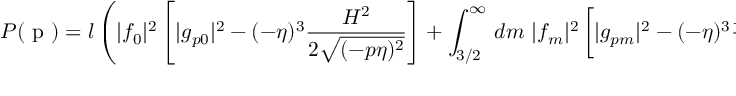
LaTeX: P ( \mathrm { \boldmath ~ p ~ } ) = l \left( | f _ { 0 } | ^ { 2 } \left[ | g _ { p 0 } | ^ { 2 } - ( - \eta ) ^ { 3 } \frac { H ^ { 2 } } { 2 \sqrt { ( - p \eta ) ^ { 2 } } } \right] + \int _ { 3 / 2 } ^ { \infty } \, d m \ | f _ { m } | ^ { 2 } \left[ | g _ { p m } | ^ { 2 } - ( - \eta ) ^ { 3 } \frac { H ^ { 2 } } { 2 \omega } \right] \right) \ .